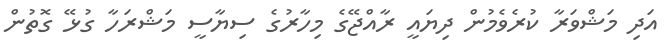
އަދި މަޝްވަރާ ކުރެވެމުން ދިޔައީ ރާއްޖޭގެ މިހާރުގެ ސިޔާސީ މަޝްރަހާ ގުޅޭ ގޮތުން